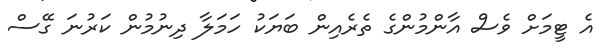
އެ ޓީމަށް ވެސް އާންމުންގެ ތެރެއިން ބަޔަކު ހަމަލާ ދިނުމުން ކަރުނަ ގޭސް